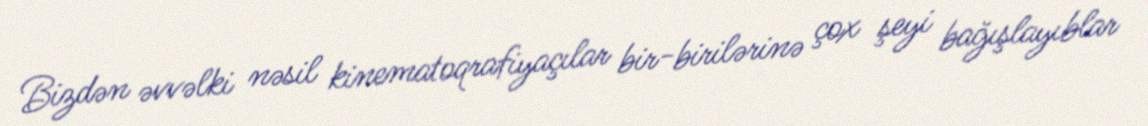
Bizdən əvvəlki nəsil kinematoqrafiyaçılar bir-birilərinə çox şeyi bağışlayıblar